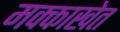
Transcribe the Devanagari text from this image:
मक्काखेत